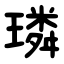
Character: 璘